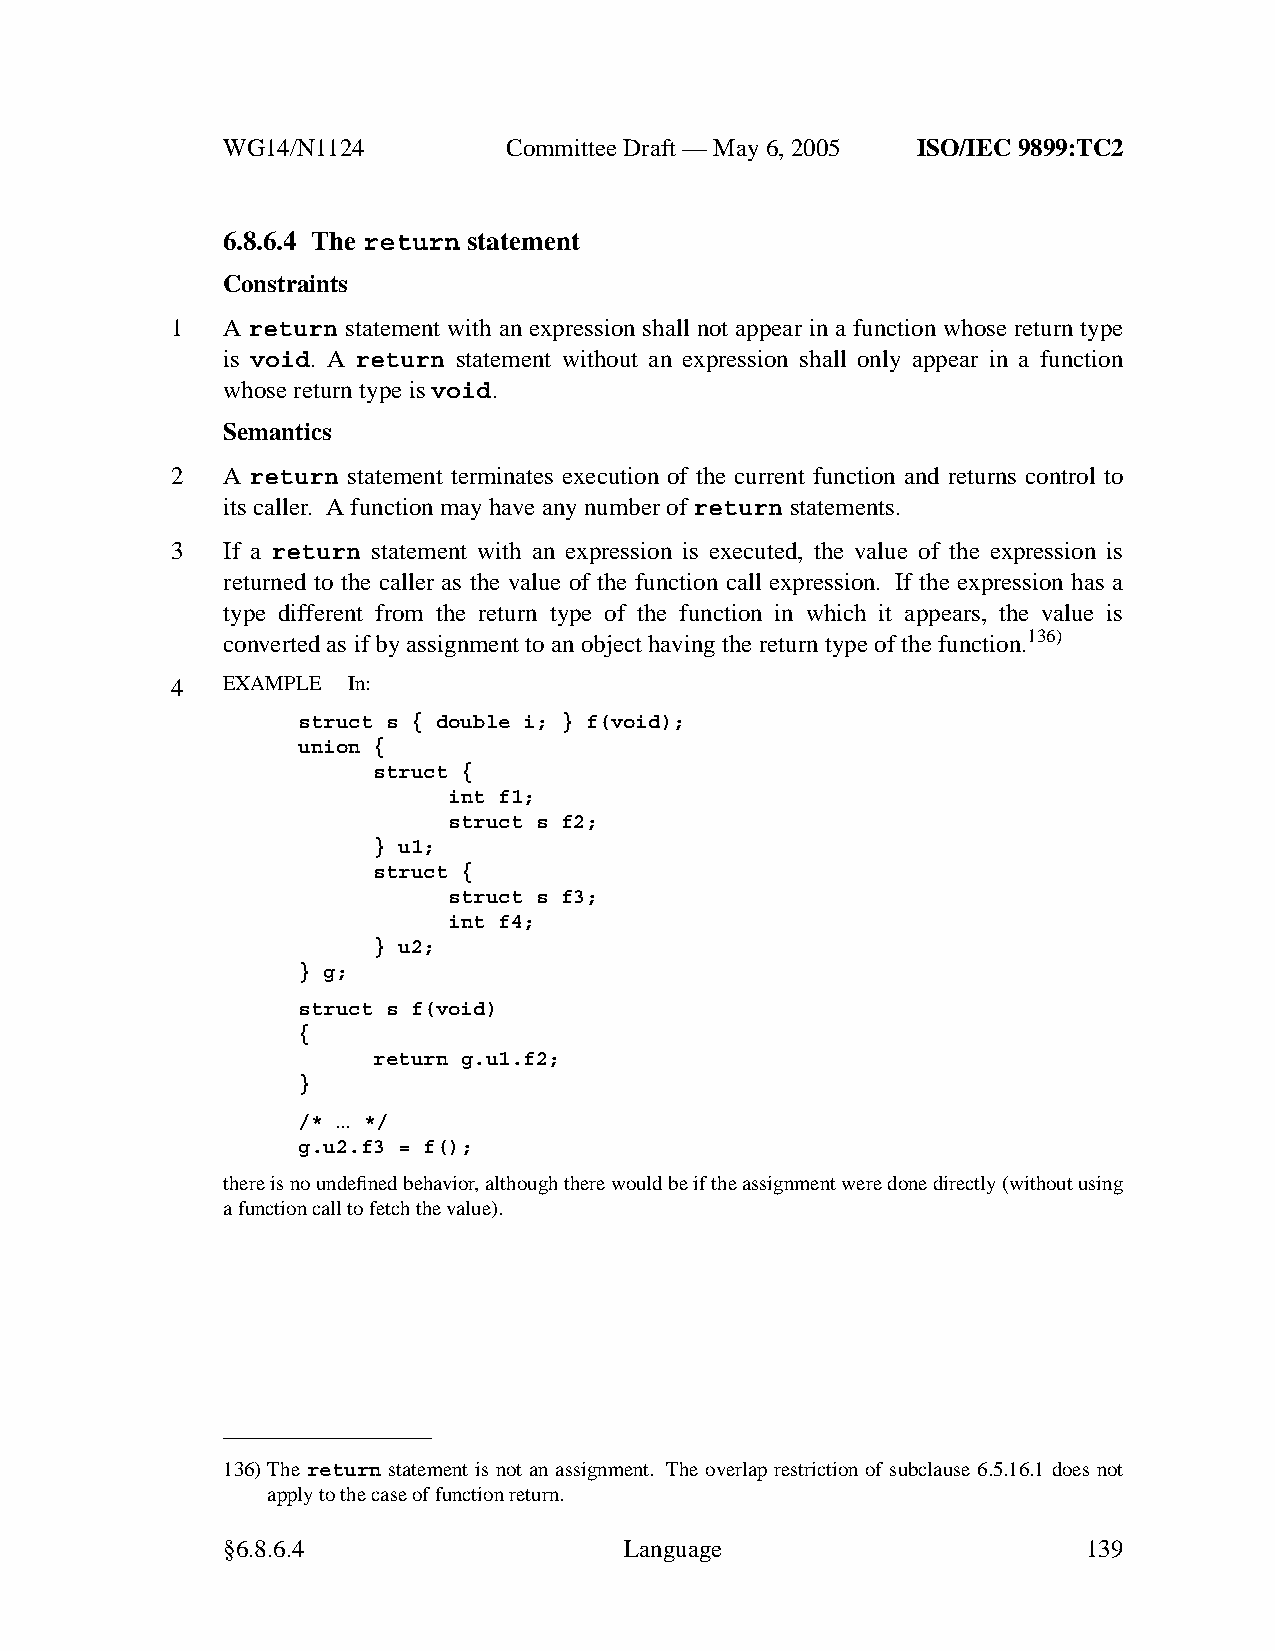
WG14/N1124        CommitteeDraft — May 6, 2005 ISO/IEC 9899:TC2
 6.8.6.4 The return statement
 Constraints
 1   A return statement with an expression shall not appear in a function whose return type
 is void. A return statement without an expression shall only appear in a function
 whose return type isvoid.
 Semantics
 2   A return statement terminates execution of the current function and returns control to
 its caller. Afunction may have any number ofreturn statements.
 3   If a return statement with an expression is executed, the value of the expression is
 returned to the caller as the value of the function call expression. If the expression has a
 type different from the return type of the function in which it appears, the value is
 converted as if by assignment to an object having the return type of the function.136)
 4   EXAMPLE In:
 struct s { double i; } f(void);
 union {
 struct {
 int f1;
 struct s f2;
 } u1;
 struct {
 struct s f3;
 int f4;
 } u2;
 } g;
 struct s f(void)
 {
 return g.u1.f2;
 }
 /* ... */
 g.u2.f3 = f();
 there is no undefined behavior,although there would be if the assignment were done directly (without using
 afunction call to fetch the value).
 136)The return statement is not an assignment. The overlap restriction of subclause 6.5.16.1 does not
 apply to the case of function return.
 §6.8.6.4                  Language                       139